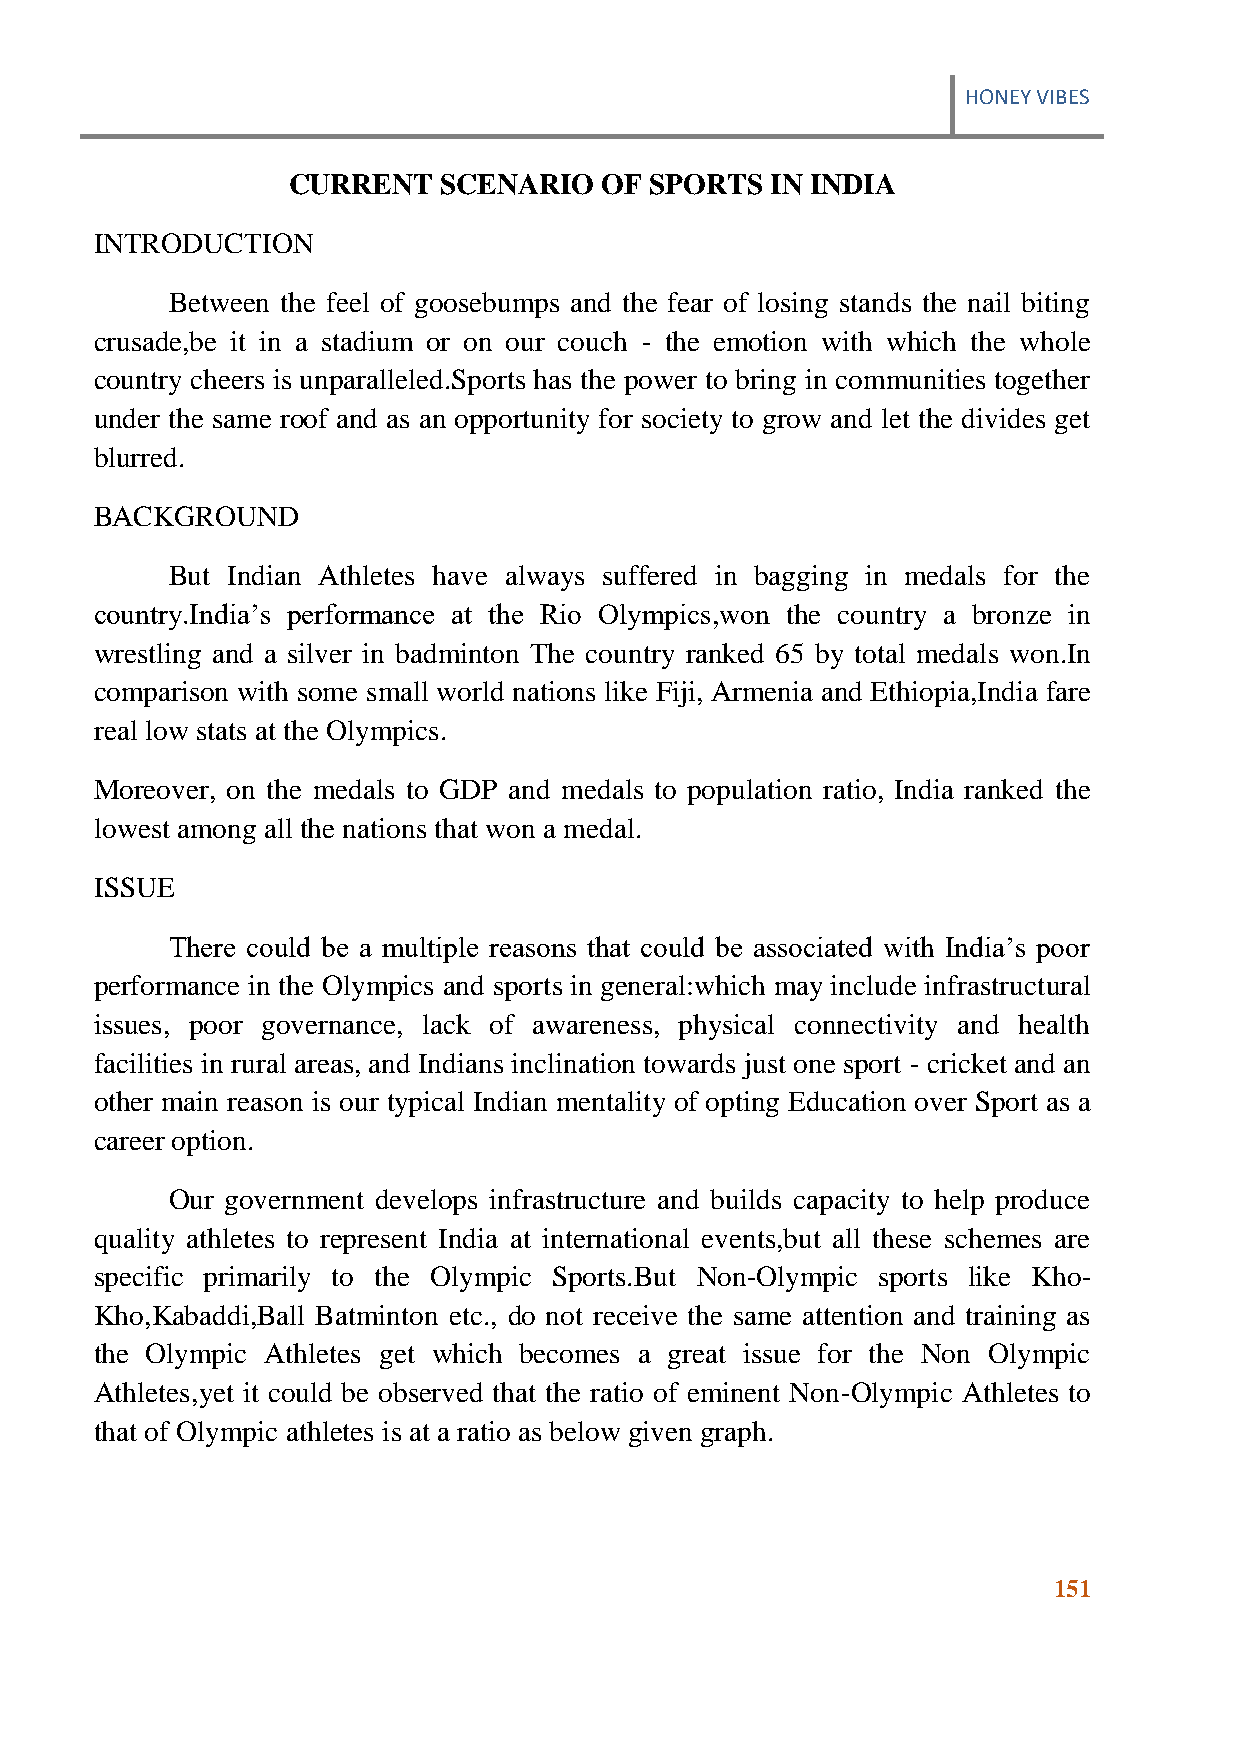
HONEY VIBES
 CURRENT   SCENARIO   OF SPORTS  IN INDIA
 INTRODUCTION
 Between the feel of goosebumps and the fear of losing stands the nail biting
 crusade,be it in a stadium or on our couch - the emotion with which the whole
 country cheers is unparalleled.Sports has the power to bring in communities together
 under the same roof and as an opportunity for society to grow and let the divides get
 blurred.
 BACKGROUND
 But Indian Athletes have always suffered in bagging in medals for the
 country.India‟s performance at the Rio Olympics,won the country a bronze in
 wrestling and a silver in badminton The country ranked 65 by total medals won.In
 comparison with some small world nations like Fiji, Armenia and Ethiopia,India fare
 real low stats at the Olympics.
 Moreover, on the medals to GDP and medals to population ratio, India ranked the
 lowest among all the nations that won a medal.
 ISSUE
 There could be a multiple reasons that could be associated with India‟s poor
 performance in the Olympics and sports in general:which may include infrastructural
 issues, poor governance, lack of awareness, physical connectivity and health
 facilities in rural areas, and Indians inclination towards just one sport - cricket and an
 other main reason is our typical Indian mentality of opting Education over Sport as a
 career option.
 Our government develops infrastructure and builds capacity to help produce
 quality athletes to represent India at international events,but all these schemes are
 specific primarily to the Olympic Sports.But Non-Olympic sports like Kho-
 Kho,Kabaddi,Ball Batminton etc., do not receive the same attention and training as
 the Olympic Athletes get which becomes a great issue for the Non Olympic
 Athletes,yet it could be observed that the ratio of eminent Non-Olympic Athletes to
 that of Olympic athletes is at a ratio as below given graph.
 151